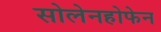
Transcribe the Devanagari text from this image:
सोलेनहोफेन